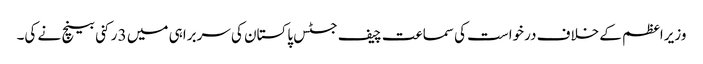
وزیراعظم کے خلاف درخواست کی سماعت چیف جسٹس پاکستان کی سربراہی میں 3 رکنی بینچ نے کی۔